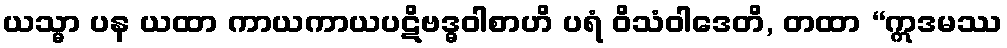
ယသ္မာ ပန ယထာ ကာယကာယပဋိဗဒ္ဓဝါစာဟိ ပရံ ဝိသံဝါဒေတိ, တထာ “ဣဒမဿ